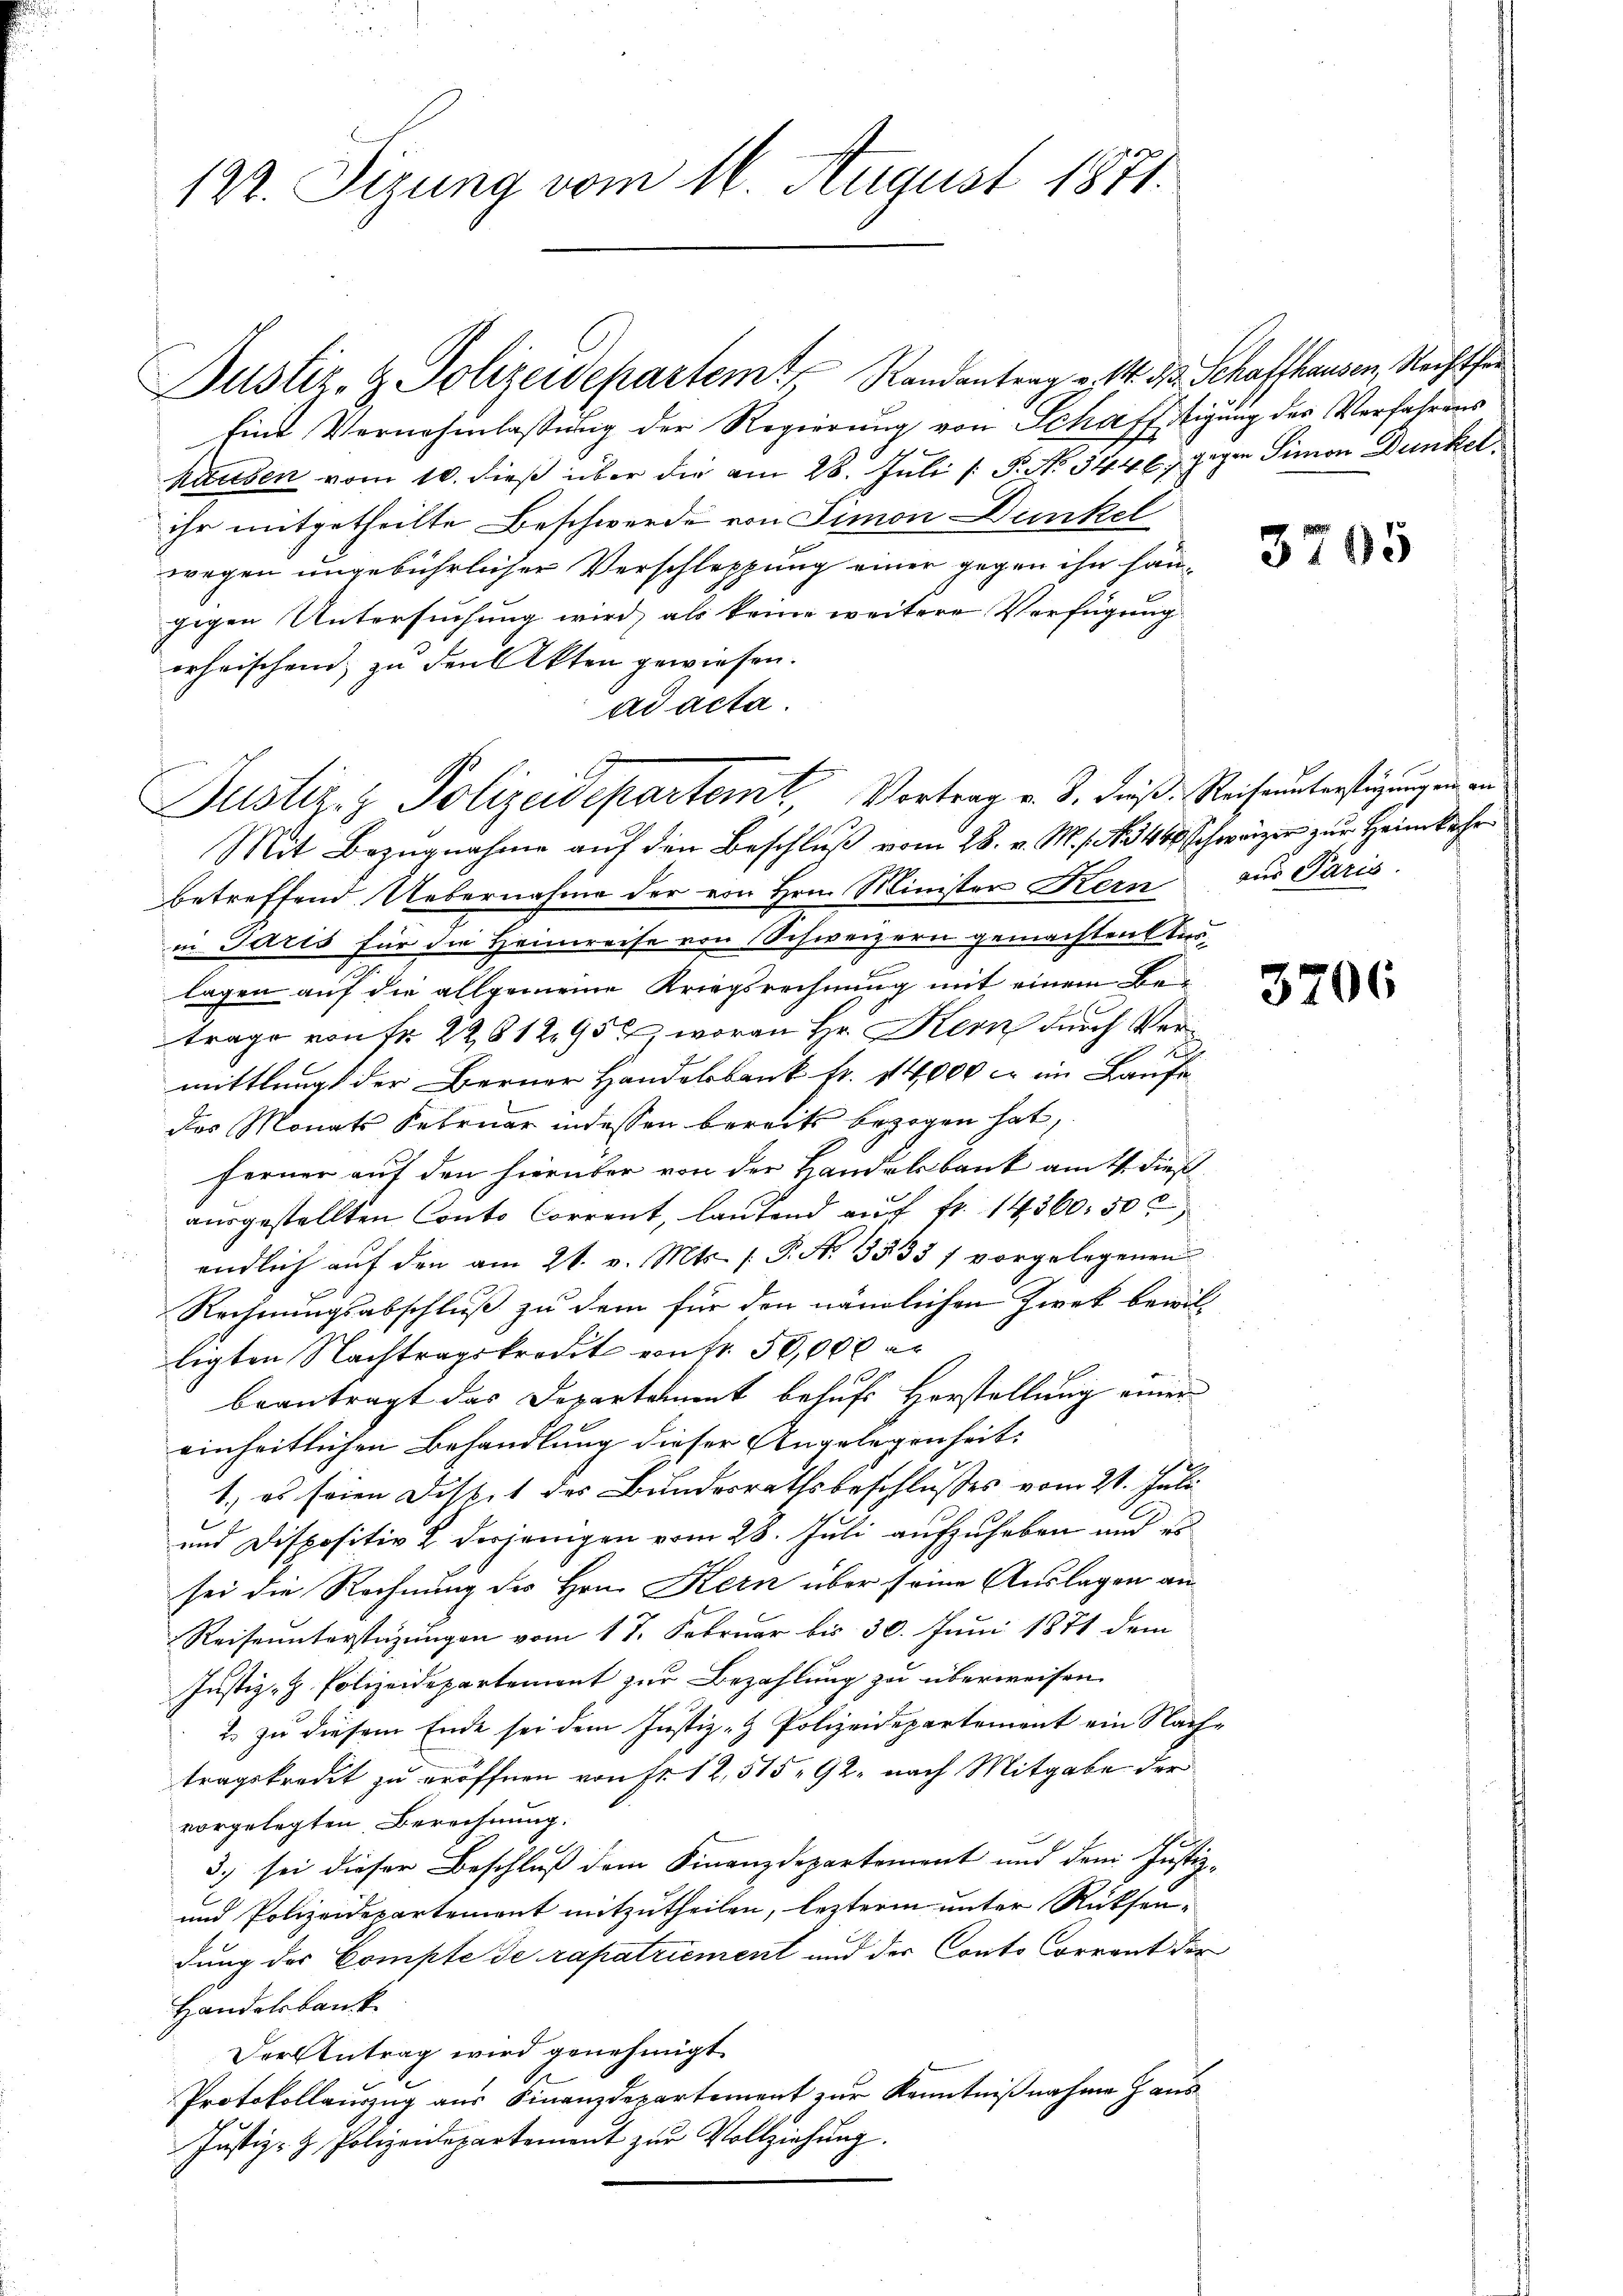
122. Sizung vom 16. August 1871

Justiz- & Polizeidepartem Randantrag v. 1. d. Schaffhausen, Rechtfer
Eine Vernehmlassung der Regierung von Schafftigung der Verfahrung
hausen vom 10. dieß über die am 28. Juli [ P. No 5446 gegen Simon Dunkel
ihr mitgetheilte Beschwerde von Simon Dunkel
wegen ungebührlicher Verschleppung einer gegen ihn fängigen Untersuchung wird, als keine weitere Verfügung
orheischend zu den Akten gewiesen.
ad acta.
Justiz- & Polizeidepartemt, Vortrag v. J. dniß: Reihunterstüzung ein an
Mit Bezugnahme auf den Beschluß vom 28. v. M. . . 3400 schweizer zur Heimkehr
betreffend Uebernahme der von Hrn. Minister Kern
in Paris für die Heimreise von Schweizern gemachten Auslagen auf die allgemeine Kriegsrechnung mit einem Be
trage von fr. 2281295) woran Hr. Kern durch Vermittlung der Berner Handelsbank fr. 14000 c. im Laufe
das Monats Februar indessen bereits bezogen hat,
ferner auf den hierüber von der Handelsbank am 11. dieß
ausgestellten Conto Corrent, lautend auf fr. 14360. 50
endlich auf den am 21. v. Mts. (T. N. 13333 f vorgelegenen
Rechnungsabschluß zu dem für den nämlichen Zwek bewilligten Nachtragskredit von Fr. 50,000 er
beantragt das Departement behufs Horstellung einen
einheitlichen Behandlung dieser Angelegenheit:
x
1.) es seien Distet des Bundesrathsbeschlusses vom 21. Juli
und Dispositiv 2. derjenigen vom 28. Juli aufzuheben und es
sei die Rechnung des Hrn. Kern über seine Auslagen an
Reiseunterstüzungen vom 17. Februar bis 30. Juni 1871 dem
Justiz-H. Polizeidepartement zur Bezahlung zu überweisen.
2. zu diesem Ende sei dem Justiz- & Polizeidepartement ein Nach-
tragskredit zu eröffnen von Fr. 12,515 92. nach Mitgabe der
vorgelegten Berechnung.
3.) sei dieser Beschluß dem Finanzdepartement und dem Justiz-
und Polizeidepartement mitzutheilen, lezterm unter Rücksendung der Compte de rapatriement und der Conto orrant der
Handelsbank
Der Antrag wird genehmigt.
Protokollauszug aus Finanzdepartement zur Kenntnißnahme Haus
Justiz- & Polizeidepartement zŭr Vollziehŭng.

3705

aus Paris.

3706